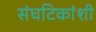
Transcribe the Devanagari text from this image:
संघटिकांशी